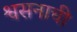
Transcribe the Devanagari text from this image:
श्वसनाची